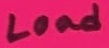
Text: Load